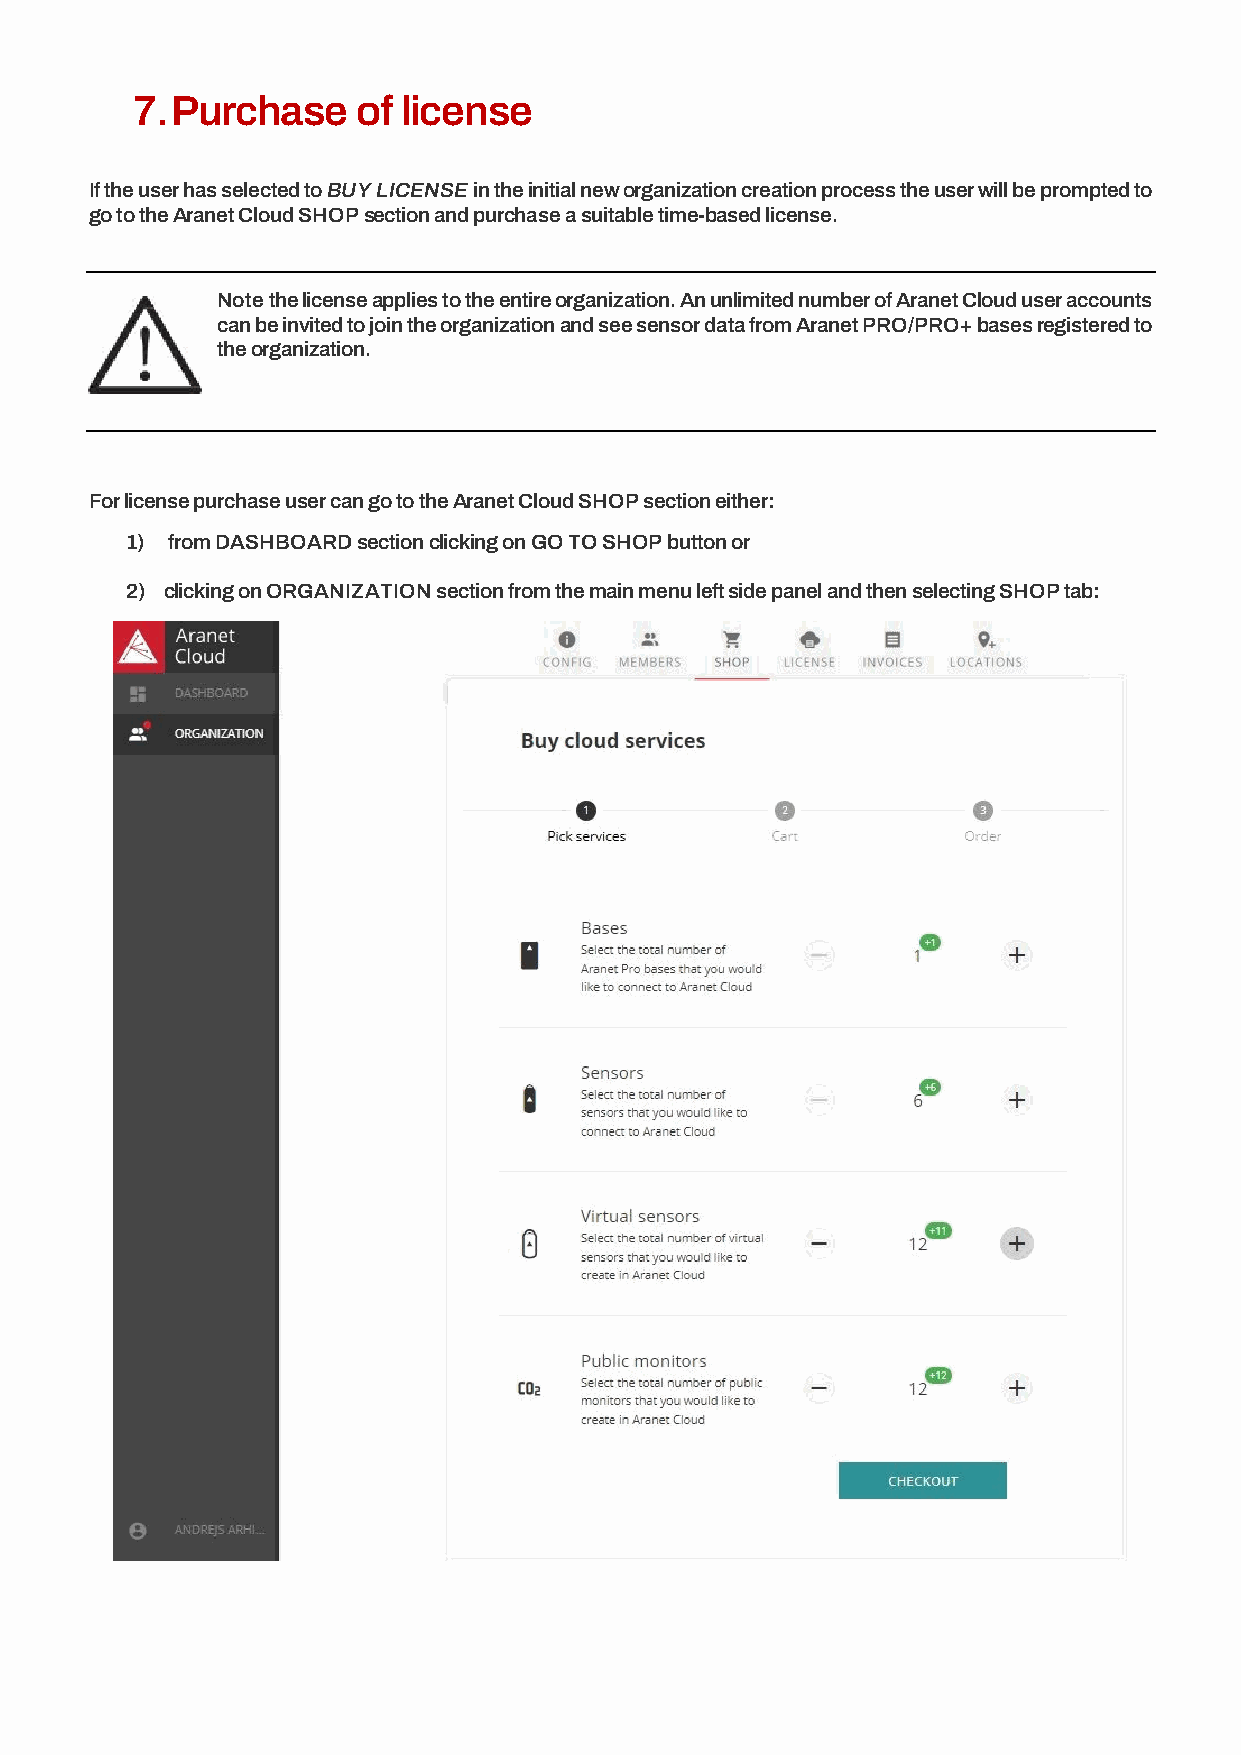
7. Purchase    of license
 If the user has selected to BUY LICENSE in the initial new organization creation process the user will be prompted to
 go to the Aranet Cloud SHOP section and purchase a suitable time-based license.
 Note the license applies to the entire organization. An unlimited number of Aranet Cloud user accounts
 can be invited to join the organization and see sensor data from Aranet PRO/PRO+ bases registered to
 the organization.
 For license purchase user can go to the Aranet Cloud SHOP section either:
 1) from DASHBOARD section clicking on GO TO SHOP button or
 2) clicking on ORGANIZATION section from the main menu left side panel and then selecting SHOP tab: